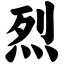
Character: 烈